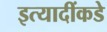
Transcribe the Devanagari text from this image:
इत्यादींकडे